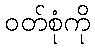
ဝတ်စုံကို